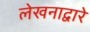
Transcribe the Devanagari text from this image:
लेखनाद्वारे